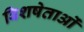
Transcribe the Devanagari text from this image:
विशषेताओं